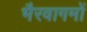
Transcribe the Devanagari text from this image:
भैरवागमों